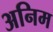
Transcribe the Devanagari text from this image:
अनिम